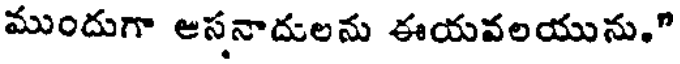
ముందుగా ఆసనాదులను ఈయవలయును."